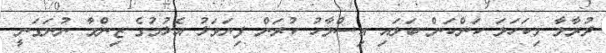
ދުރާލާ މިކަހަލަ ކަންކަން ބަލައި އިސްލާހު ކުރަން ފިޔަވަޅު އެޅުމުގެ ޒިންމާ ނުނަގަނީ